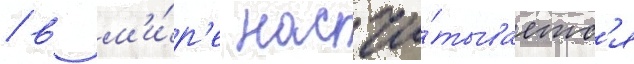
/ в м'и́р'е насчи́тываетс'я